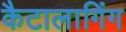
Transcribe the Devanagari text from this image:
कैटालागिंग